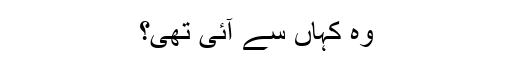
وہ کہاں سے آئی تھی؟